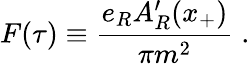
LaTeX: F(\tau)\equiv{\frac{e_{R}A_{R}^{\prime}(x_{+})}{\pi m^{2}}}\; .